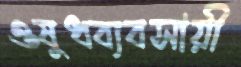
ওষুধব্যবসায়ী